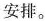
安排。